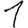
Digit: 1